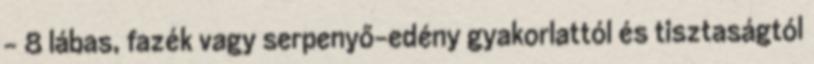
- 8 lábas, fazék vagy serpenyő-edény gyakorlattól és tisztaságtól